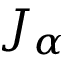
J _ { \alpha }